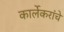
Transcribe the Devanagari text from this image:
कार्लेकरांचे